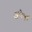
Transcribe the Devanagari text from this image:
अधेमधे